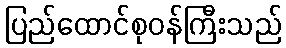
ပြည်ထောင်စုဝန်ကြီးသည်